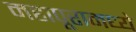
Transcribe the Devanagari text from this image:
महापूरामध्ये